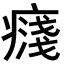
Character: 𭼥